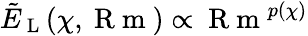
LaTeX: \tilde{E}_{\mathrm{~L~}}(\chi,\mathrm{~R~m~})\propto\mathrm{~R~m~}^{p(\chi)}